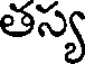
తస్య